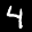
Label: 4